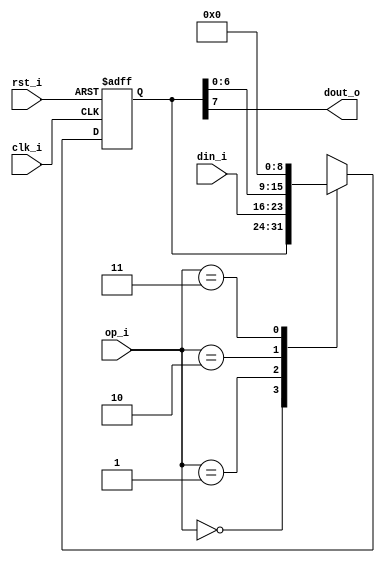
// Name: piso_reg.v
//
// Description: Registro con entrada en paralelo y salida en serie con desplazamiento hacia la izquierda.		

module piso_reg #(
  parameter Width = 8
) (
  input             rst_i,
  input             clk_i,
  input [Width-1:0] din_i,
  input       [1:0] op_i,
  output            dout_o
);

  reg [Width-1:0] mux_d, reg_q;

  always @(din_i, op_i, reg_q) begin
    case (op_i)
      2'b00   : mux_d = reg_q;
      2'b01   : mux_d = din_i;
      2'b10   : mux_d = {reg_q[Width-2:0],1'b0};
      2'b11   : mux_d = 0;
      default : mux_d = 0;
    endcase
  end
  
  always @(posedge clk_i, posedge rst_i) begin
    if (rst_i)
      reg_q <= 0;
    else
      reg_q <= mux_d;
  end

  assign dout_o = reg_q[Width-1];

endmodule